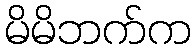
မိမိဘက်က